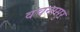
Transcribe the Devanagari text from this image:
वचनासुर